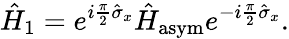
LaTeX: \hat{H}_{1}=e^{i\frac{\pi}{2}\hat{\sigma}_{x}}\hat{H}_{\mathrm{asym}}e^{-i\frac{\pi}{2}\hat{\sigma}_{x}}.